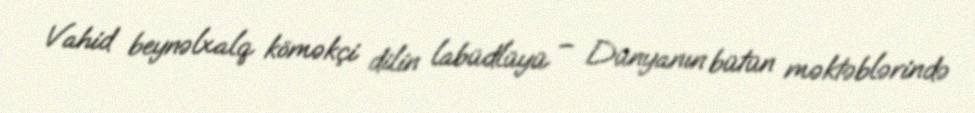
Vahid beynəlxalq köməkçi dilin labüdlüyü – Dünyanın bütün məktəblərində